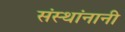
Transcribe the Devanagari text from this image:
संस्थांनानी